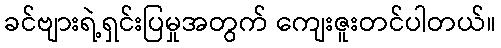
ခင်ဗျားရဲ့ရှင်းပြမှုအတွက် ကျေးဇူးတင်ပါတယ်။